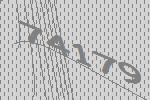
74179